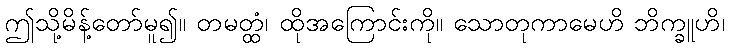
ဤသို့မိန့်တော်မူ၍။ တမတ္ထံ၊ ထိုအကြောင်းကို။ သောတုကာမေဟိ ဘိက္ခူဟိ၊